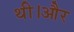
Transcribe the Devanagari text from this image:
थी।और